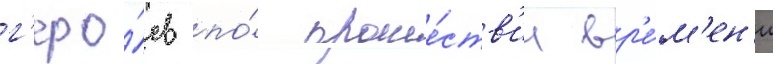
г'еро́ев по́ проше́ств'ии вр'е́м'ен'и